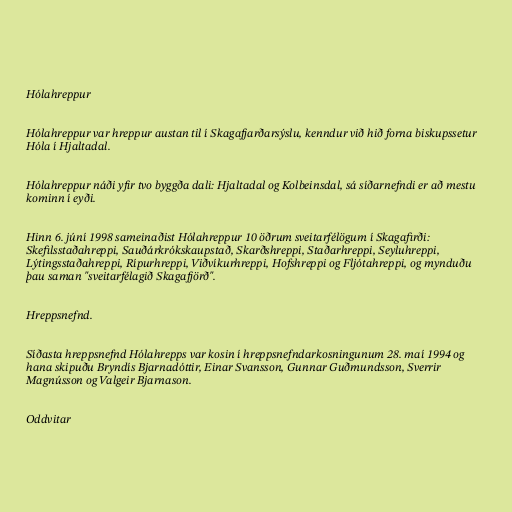
Hólahreppur

Hólahreppur var hreppur austan til í Skagafjarðarsýslu, kenndur við hið forna biskupssetur
Hóla í Hjaltadal.

Hólahreppur náði yfir tvo byggða dali: Hjaltadal og Kolbeinsdal, sá síðarnefndi er að mestu
kominn í eyði.

Hinn 6. júní 1998 sameinaðist Hólahreppur 10 öðrum sveitarfélögum í Skagafirði:
Skefilsstaðahreppi, Sauðárkrókskaupstað, Skarðshreppi, Staðarhreppi, Seyluhreppi,
Lýtingsstaðahreppi, Rípurhreppi, Viðvíkurhreppi, Hofshreppi og Fljótahreppi, og mynduðu
þau saman "sveitarfélagið Skagafjörð".

Hreppsnefnd.

Síðasta hreppsnefnd Hólahrepps var kosin í hreppsnefndarkosningunum 28. maí 1994 og
hana skipuðu Bryndís Bjarnadóttir, Einar Svansson, Gunnar Guðmundsson, Sverrir
Magnússon og Valgeir Bjarnason.

Oddvitar